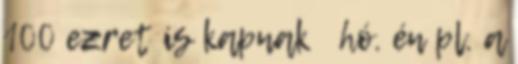
100 ezret is kapnak hó. én pl. a